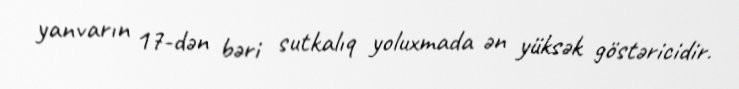
yanvarın 17-dən bəri sutkalıq yoluxmada ən yüksək göstəricidir.